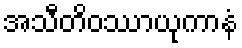
အသီတိဝဿာယုကာနံ